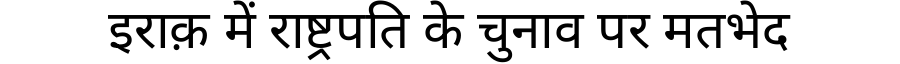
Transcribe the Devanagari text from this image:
इराक़ में राष्ट्रपति के चुनाव पर मतभेद